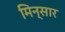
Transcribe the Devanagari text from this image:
मिन्सार